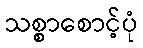
သစ္စာစောင့်ပုံ